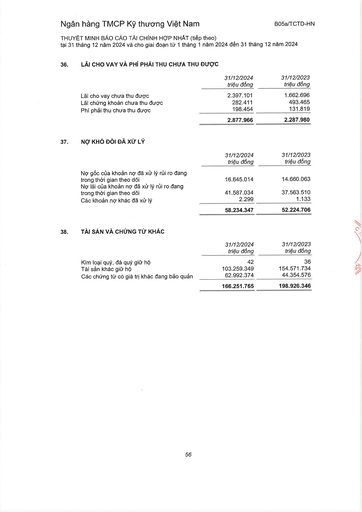
||31/12/2024 triệu đồng|31/12/2023 triệu đồng| |---|---|---| |Lãi cho vay chưa thu được|2.397.101|1.662.696| |Lãi chứng khoán chưa thu được|282.411|493.465| |Phí phải thu chưa thu được|198.454|131.819| ||2.877.966|2.287.980| ||31/12/2024 triệu đồng|31/12/2023 triệu đồng| |---|---|---| |Nợ gốc của khoản nợ đã xử lý rủi ro đang trong thời gian theo dõi|16.645.014|14.660.063| |Nợ lãi của khoản nợ đã xử lý rủi ro đang trong thời gian theo dõi|41.587.034|37.563.510| |Các khoản nợ khác đã xử lý|2.299|1.133| ||58.234.347|52.224.706| ||31/12/2024 triệu đồng|31/12/2023 triệu đồng| |---|---|---| |Kim loại quý, đá quý giữ hộ|42|36| |Tài sản khác giữ hộ|103.259.349|154.571.734| |Các chứng từ có giá trị khác đang bảo quản|62.992.374|44.354.576| ||166.251.765|198.926.346|